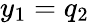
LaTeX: y_{1}=q_{2}